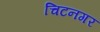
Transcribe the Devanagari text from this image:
चिटनगर